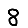
Digit: 8